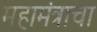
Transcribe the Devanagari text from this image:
महामंत्राचा